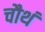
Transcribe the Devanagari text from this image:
चौथं